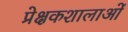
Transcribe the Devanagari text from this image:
प्रेक्षकशालाओं